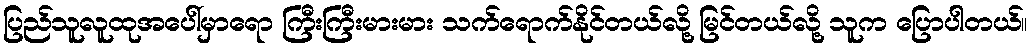
ပြည်သူလူထုအပေါ်မှာရော ကြီးကြီးမားမား သက်ရောက်နိုင်တယ်လို့ မြင်တယ်လို့ သူက ပြောပါတယ်။